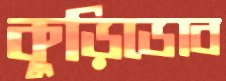
কুড়িডোব